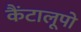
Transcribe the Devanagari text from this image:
कैंटालूपो